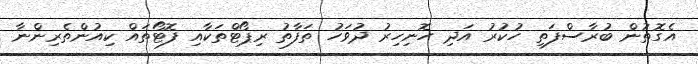
އެގޮތުން ބުރާސްފަތި ހުކުރު އަދި ހޮނިހިރު ދުވަހު ތަފާތު ރިޕޯޓްތަކާއި ފޮޓޯތައް ކިއުންތެރިންނާ